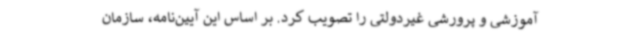
آموزشی و پرورشی غیردولتی را تصویب کرد. بر اساس این آیین‌نامه، سازمان